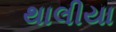
થાલીયા